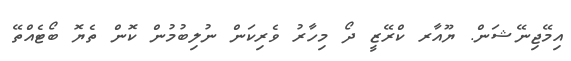
އިމޭޖިނޭޝަން. ޔޫއާރ ކްރޭޒީ ދޯ މިހާރު ވެރިކަން ނުލިބުމުން ކޮން ތެޔޮ ބޯޓެއްތޭ